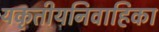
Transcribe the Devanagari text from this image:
यकृतीयनिवाहिका